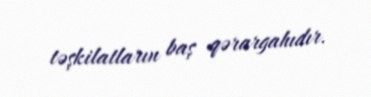
təşkilatların baş qərargahıdır.